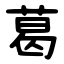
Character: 葛